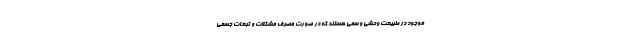
موجود در طبیعت وحشی و سمی هستند که در صورت مصرف مشکلات و تبعات جسمی